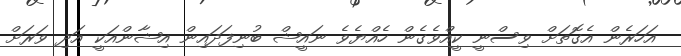
އަހަރެން އެގޮތަށް ވިސްނީ ކީއްވެގެން ހެއްޔެވެ ނައީޝް ބުނިފަދައިން އިޝާންއަކީ އަދި ވަރަށް